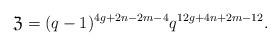
LaTeX: \begin{align*}\mathfrak{Z}={(q-1)^{4g+2n-2m-4}q^{12g+4n+2m-12}}.\end{align*}